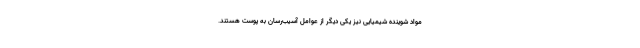
مواد شوینده شیمیایی نیز یکی دیگر از عوامل آسیب‌رسان به پوست هستند.